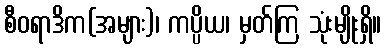
စီဝရာဒိက(အများ)၊ ကပ္ပိယ၊ မှတ်ကြ သုံးမျိုးရှိ။